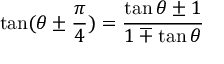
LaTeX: \tan ( \theta \pm { \frac { \pi } { 4 } } ) = { \frac { \tan \theta \pm 1 } { 1 \mp \tan \theta } }